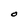
Character: O